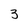
Character: 3